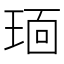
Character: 𬍭